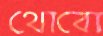
থোবো